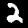
Label: 2